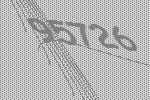
95726